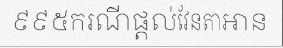
៩៩៥ករណីផ្តល់វែនតាអាន